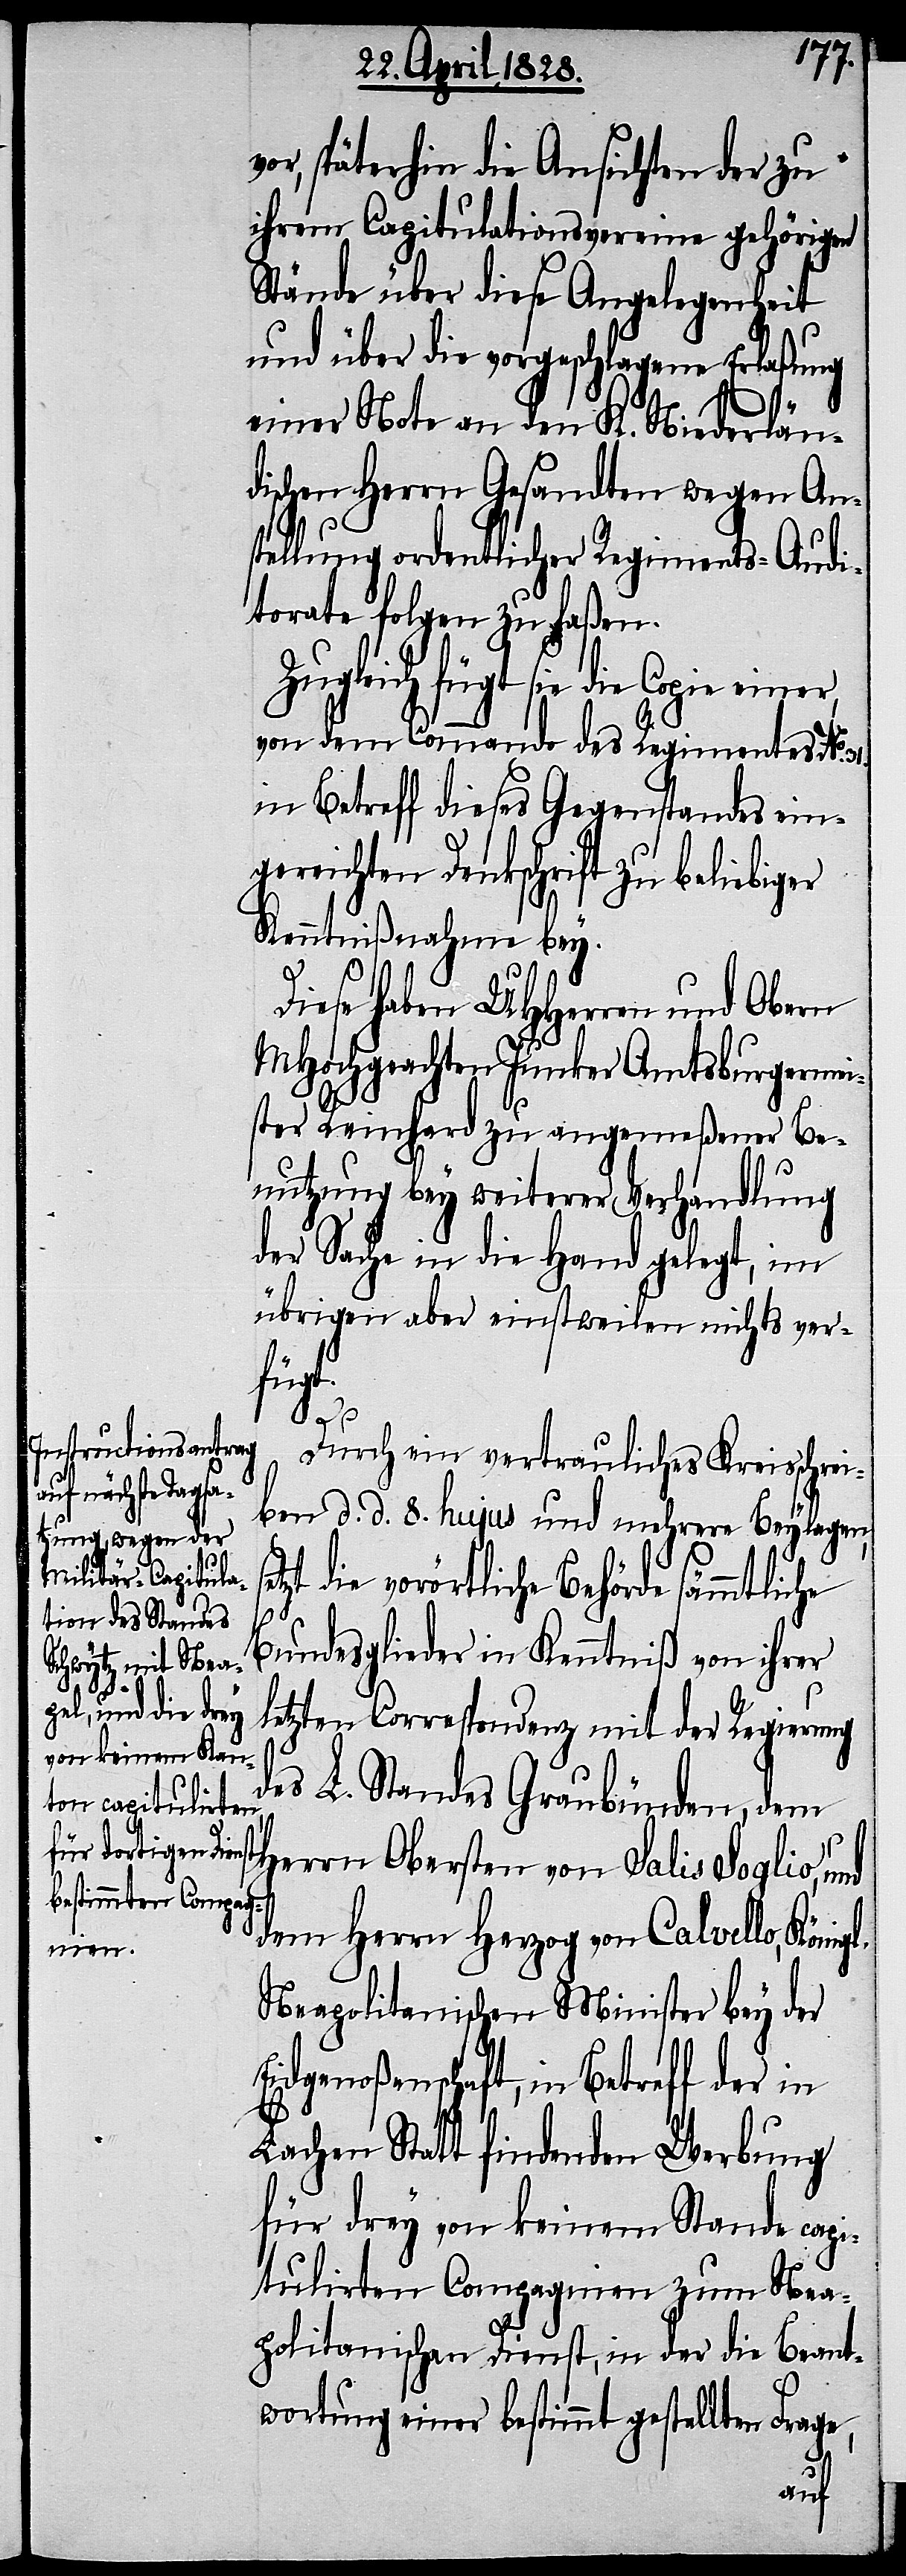
vor, späterhin die Ansichten der zu
ihrem Capitulationsvereine gehörigen
Stände über diese Angelegenheit
und über die vorgeschlagene Erlaßung
he B¬
einer Note an den K. Niederlän¬
dischen Herrn Gesandten wegen Ans¬
tellung ordentlicher Regiments-Audi¬
torate folgen zu laßen.
Zugleich fügt sie die
von dem Commando des Regimentes No.
in Betreff dieses Gegenstandes ein¬
gereichten Dankschrift zu beliebiger
Kenntnißnahme bey.
Diese haben UHHerren und Obern
MHochgeachten Junker Amtsburgermei¬
ster Reinhard zu angemeßener Be¬
nutzung bey weiterer Verhandlung
der Sache in die Hand gelegt, im
übrigen aber einstweilen nichts ver¬
fügt.
Frage,
Durch ein vertrauliches Kreisschrei¬
ben d. d. 8. hujus und mehrere Beylagen,
die vorörtliche Behörde sämmtlic¬
undesglieder in Kenntniß von ihrer
letzten Correspondenz mit der Regierung
des L. Standes Graubünden, dem
Herrn Obersten von Salis Soglio, und
dem Herrn Herzog von Calvello, Königl.
Neapolitanischen Minister bey der
Eidgenoßenschaft, in Betreff der in
Lachen Statt findenden Werbung
für drey von keinem Stande capi¬
tulirten Compagnien zum Nea¬
politanischen Dienst, in der die Beant¬
wortung einer bestimmt gestellten